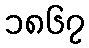
၁၈၆၇